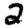
Digit: 2